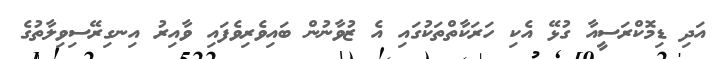
އަދި ޑިމޮކްރަސީއާ ގުޅޭ އެކި ހަރަކާތްތަކުގައި އެ ޒުވާނުން ބައިވެރިވެފައި ވާއިރު އިނގިރޭސިވިލާތުގެ